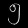
Digit: ၅